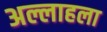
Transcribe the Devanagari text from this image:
अल्लाहला